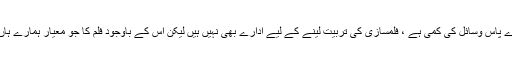
’’ایکسپریس ‘‘ سے گفتگو کرتے ہوئے آمنہ الیاس نے کہا کہ ہمارے پاس وسائل کی کمی ہے ، فلمسازی کی تربیت لینے کے لیے ادارے بھی نہیں ہیں لیکن اس کے باوجود فلم کا جو معیار ہمارے ہاں دکھائی دے رہا ہے وہ بہت سی کامیاب فلم انڈسٹریوں کا نہیں تھا۔